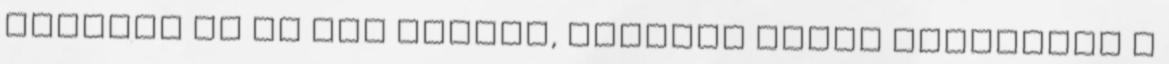
fogyott el az MTK előnye, először nyert tavasszal a